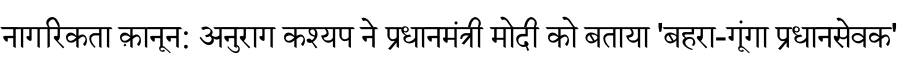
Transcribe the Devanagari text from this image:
नागरिकता क़ानून: अनुराग कश्यप ने प्रधानमंत्री मोदी को बताया 'बहरा-गूंगा प्रधानसेवक'